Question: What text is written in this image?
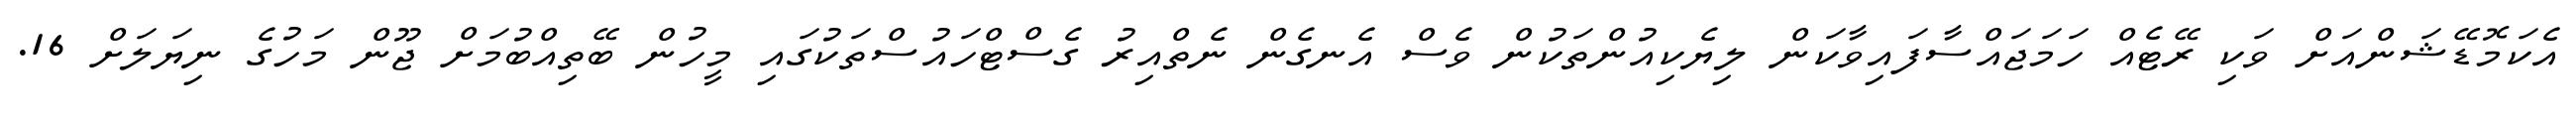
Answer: އެކަމޮޑޭޝަންއަށް ވަކި ރޭޓެއް ހަމަޖައްސާފައިވާކަން ލިޔެކިއުންތަކުން ވެސް އެނގެން ނެތްއިރު ގެސްޓްހައުސްތަކުގައި މީހުން ބޭތިއްބުމަށް ޖޫން މަހުގެ ނިޔަލަށް 16.